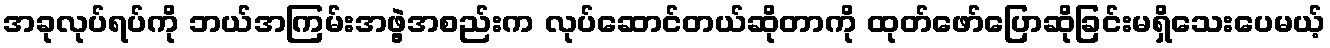
အခုလုပ်ရပ်ကို ဘယ်အကြမ်းအဖွဲ့အစည်းက လုပ်ဆောင်တယ်ဆိုတာကို ထုတ်ဖော်ပြောဆိုခြင်းမရှိသေးပေမယ့်